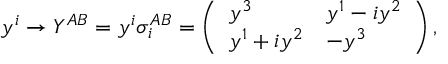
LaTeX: y ^ { i } \rightarrow Y ^ { A B } = y ^ { i } \sigma _ { i } ^ { A B } = \left( \begin{array} { l l } { { y ^ { 3 } } } & { { y ^ { 1 } - i y ^ { 2 } } } \\ { { y ^ { 1 } + i y ^ { 2 } } } & { { - y ^ { 3 } } } \end{array} \right) ,